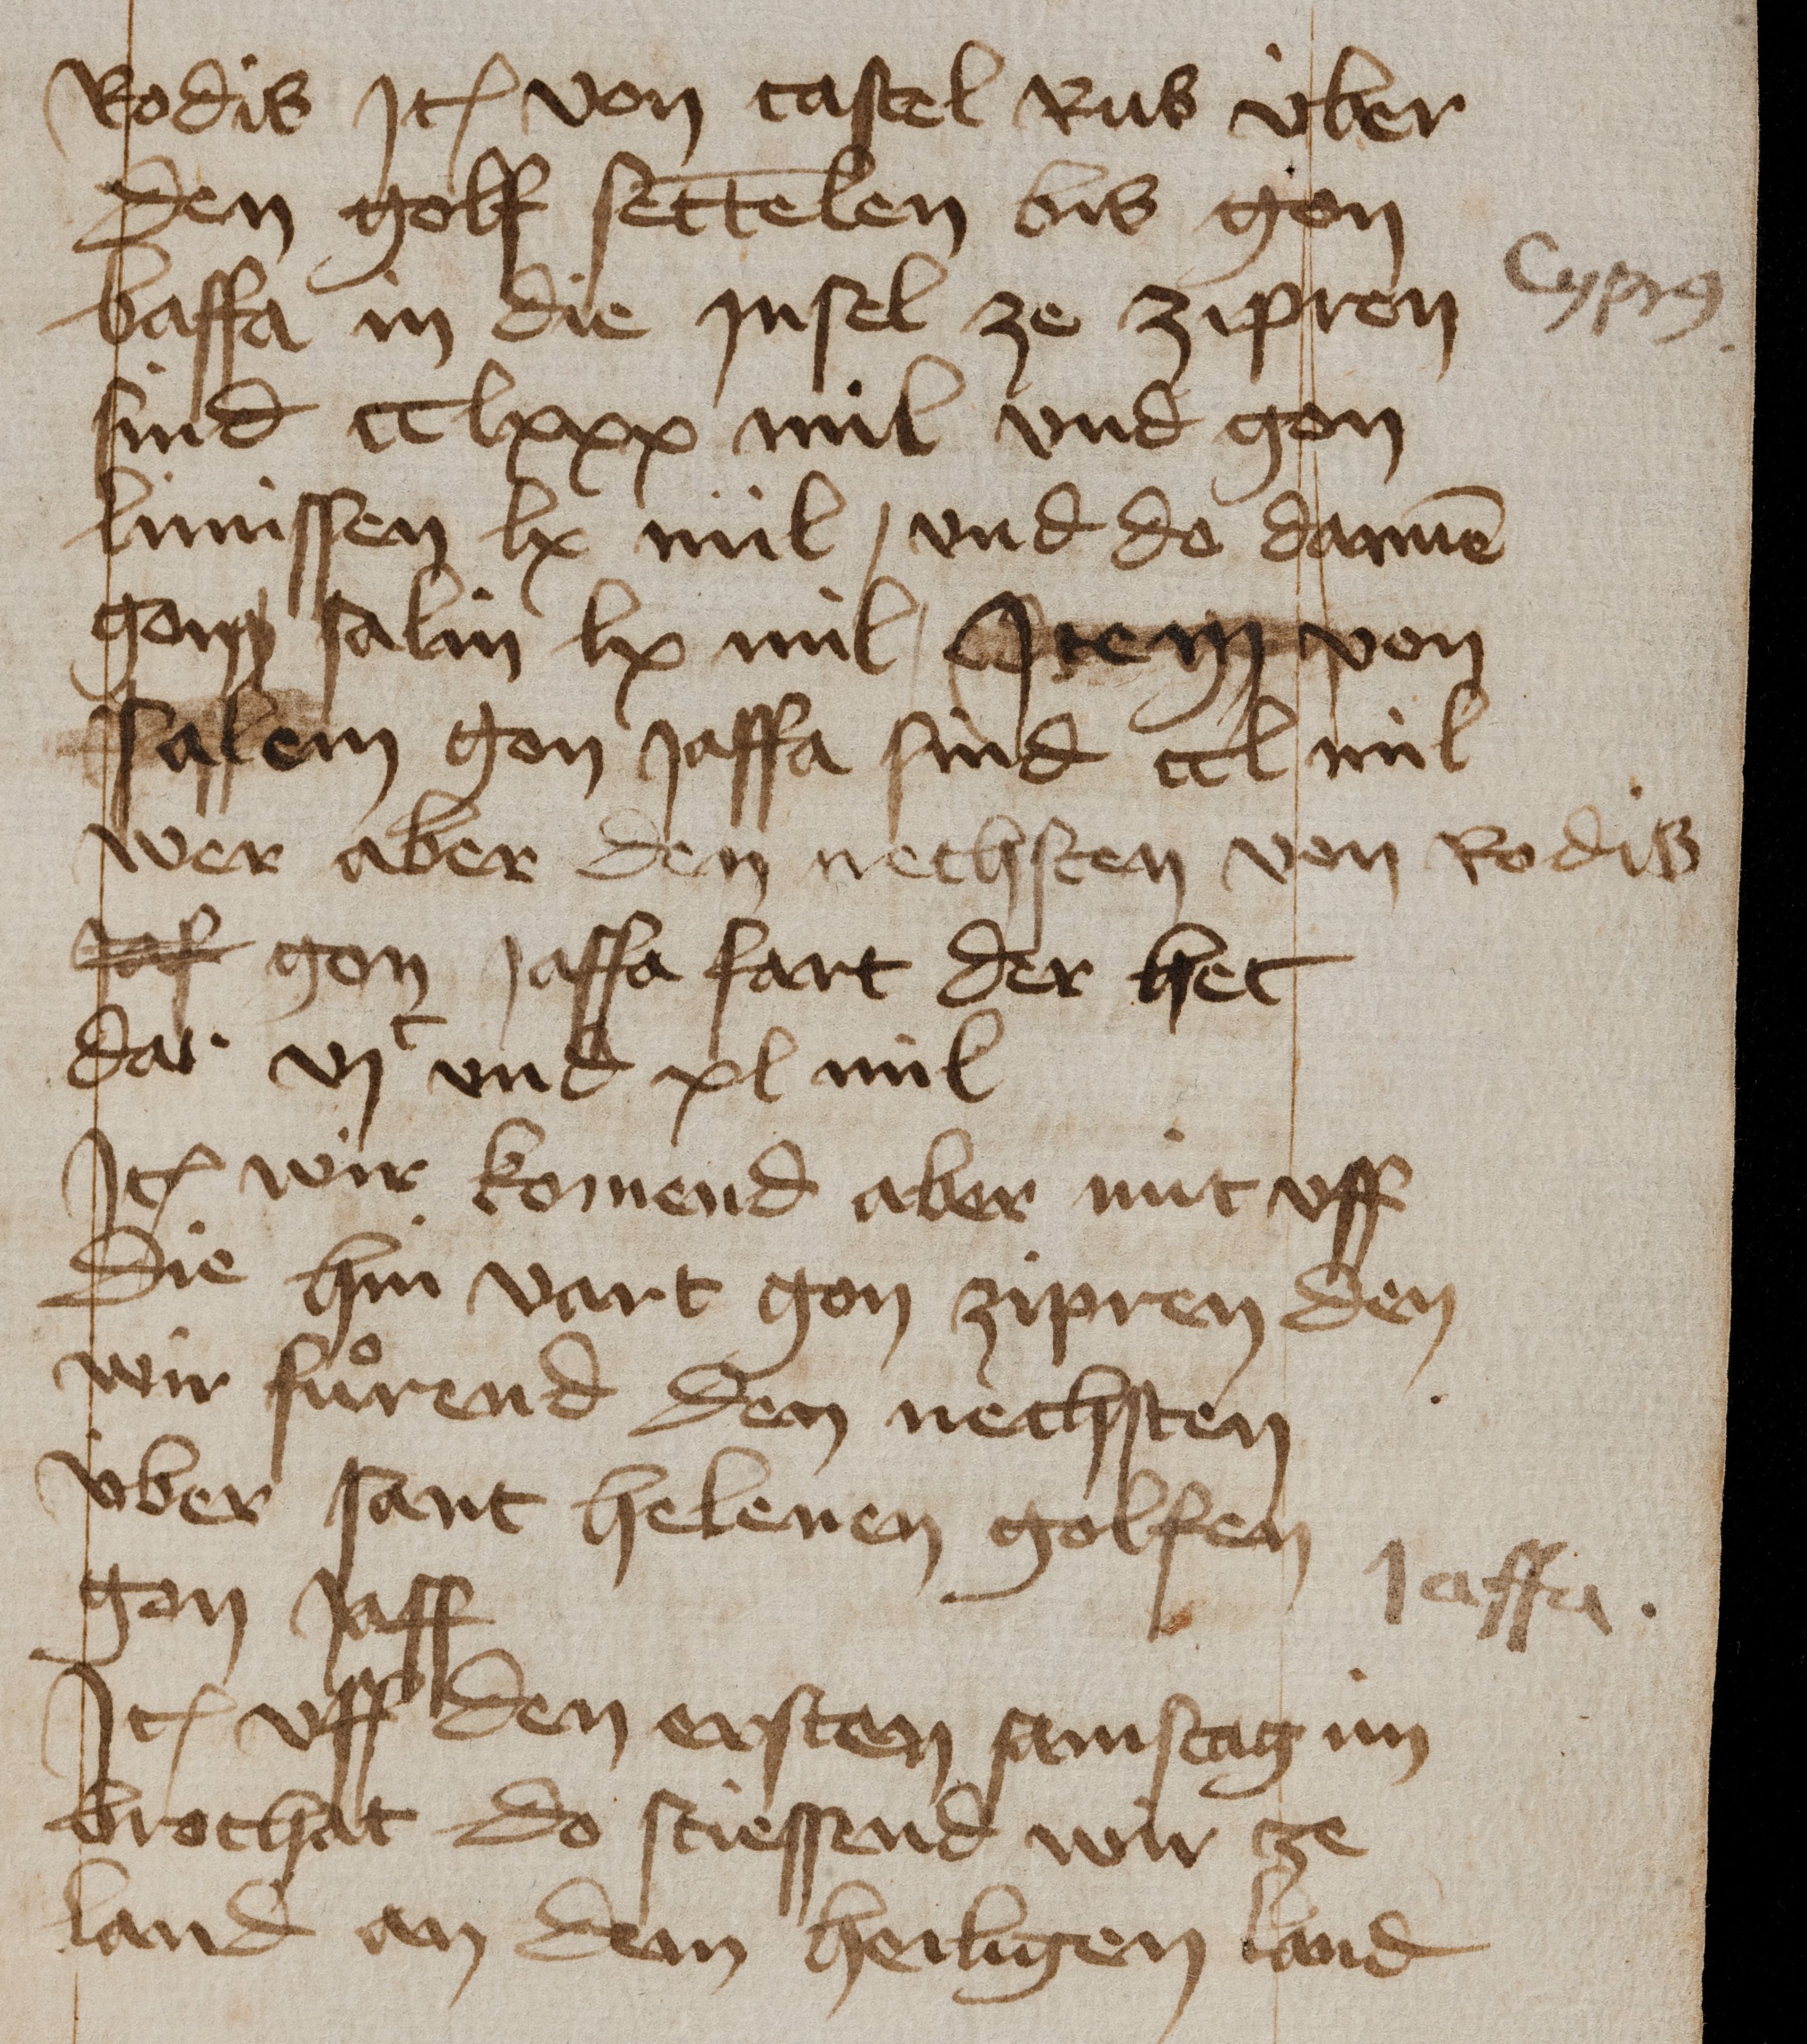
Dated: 1435–1475